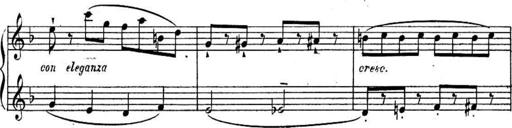
Title: Sonatines
Composer: Hedwige ChrÃ©tien